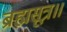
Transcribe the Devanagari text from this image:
ब्रह्मसूत्र॥